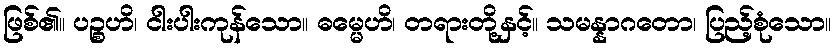
ဖြစ်၏။ ပဉ္စဟိ၊ ငါးပါးကုန်သော။ ဓမ္မေဟိ၊ တရားတို့နှင့်။ သမန္နာဂတော၊ ပြည့်စုံသော။